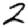
Digit: 2